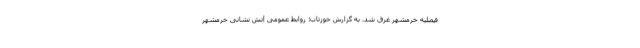
فیصلیه خرمشهر غرق شد. به گزارش خوزتاب؛ روابط عمومی آتش نشانی خرمشهر